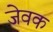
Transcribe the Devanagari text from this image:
जेवक